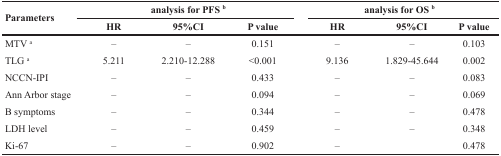
| <ROWSPAN=2> Parameters | <COLSPAN=3> analysis for PFS b | <COLSPAN=3> analysis for OS b |
 | HR | 95%CI | P value | HR | 95%CI | P value |
 | --- | --- | --- | --- | --- | --- | --- |
 | MTV a | – | – | 0.151 | – | – | 0.103 |
 | TLG a | 5.211 | 2.210-12.288 | <0.001 | 9.136 | 1.829-45.644 | 0.002 |
 | NCCN-IPI | – | – | 0.433 | – | – | 0.083 |
 | Ann Arbor stage | – | – | 0.094 | – | – | 0.069 |
 | B symptoms | – | – | 0.344 | – | – | 0.478 |
 | LDH level | – | – | 0.459 | – | – | 0.348 |
 | Ki-67 | – | – | 0.902 | – |  | 0.478 |